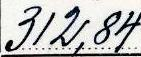
312,84